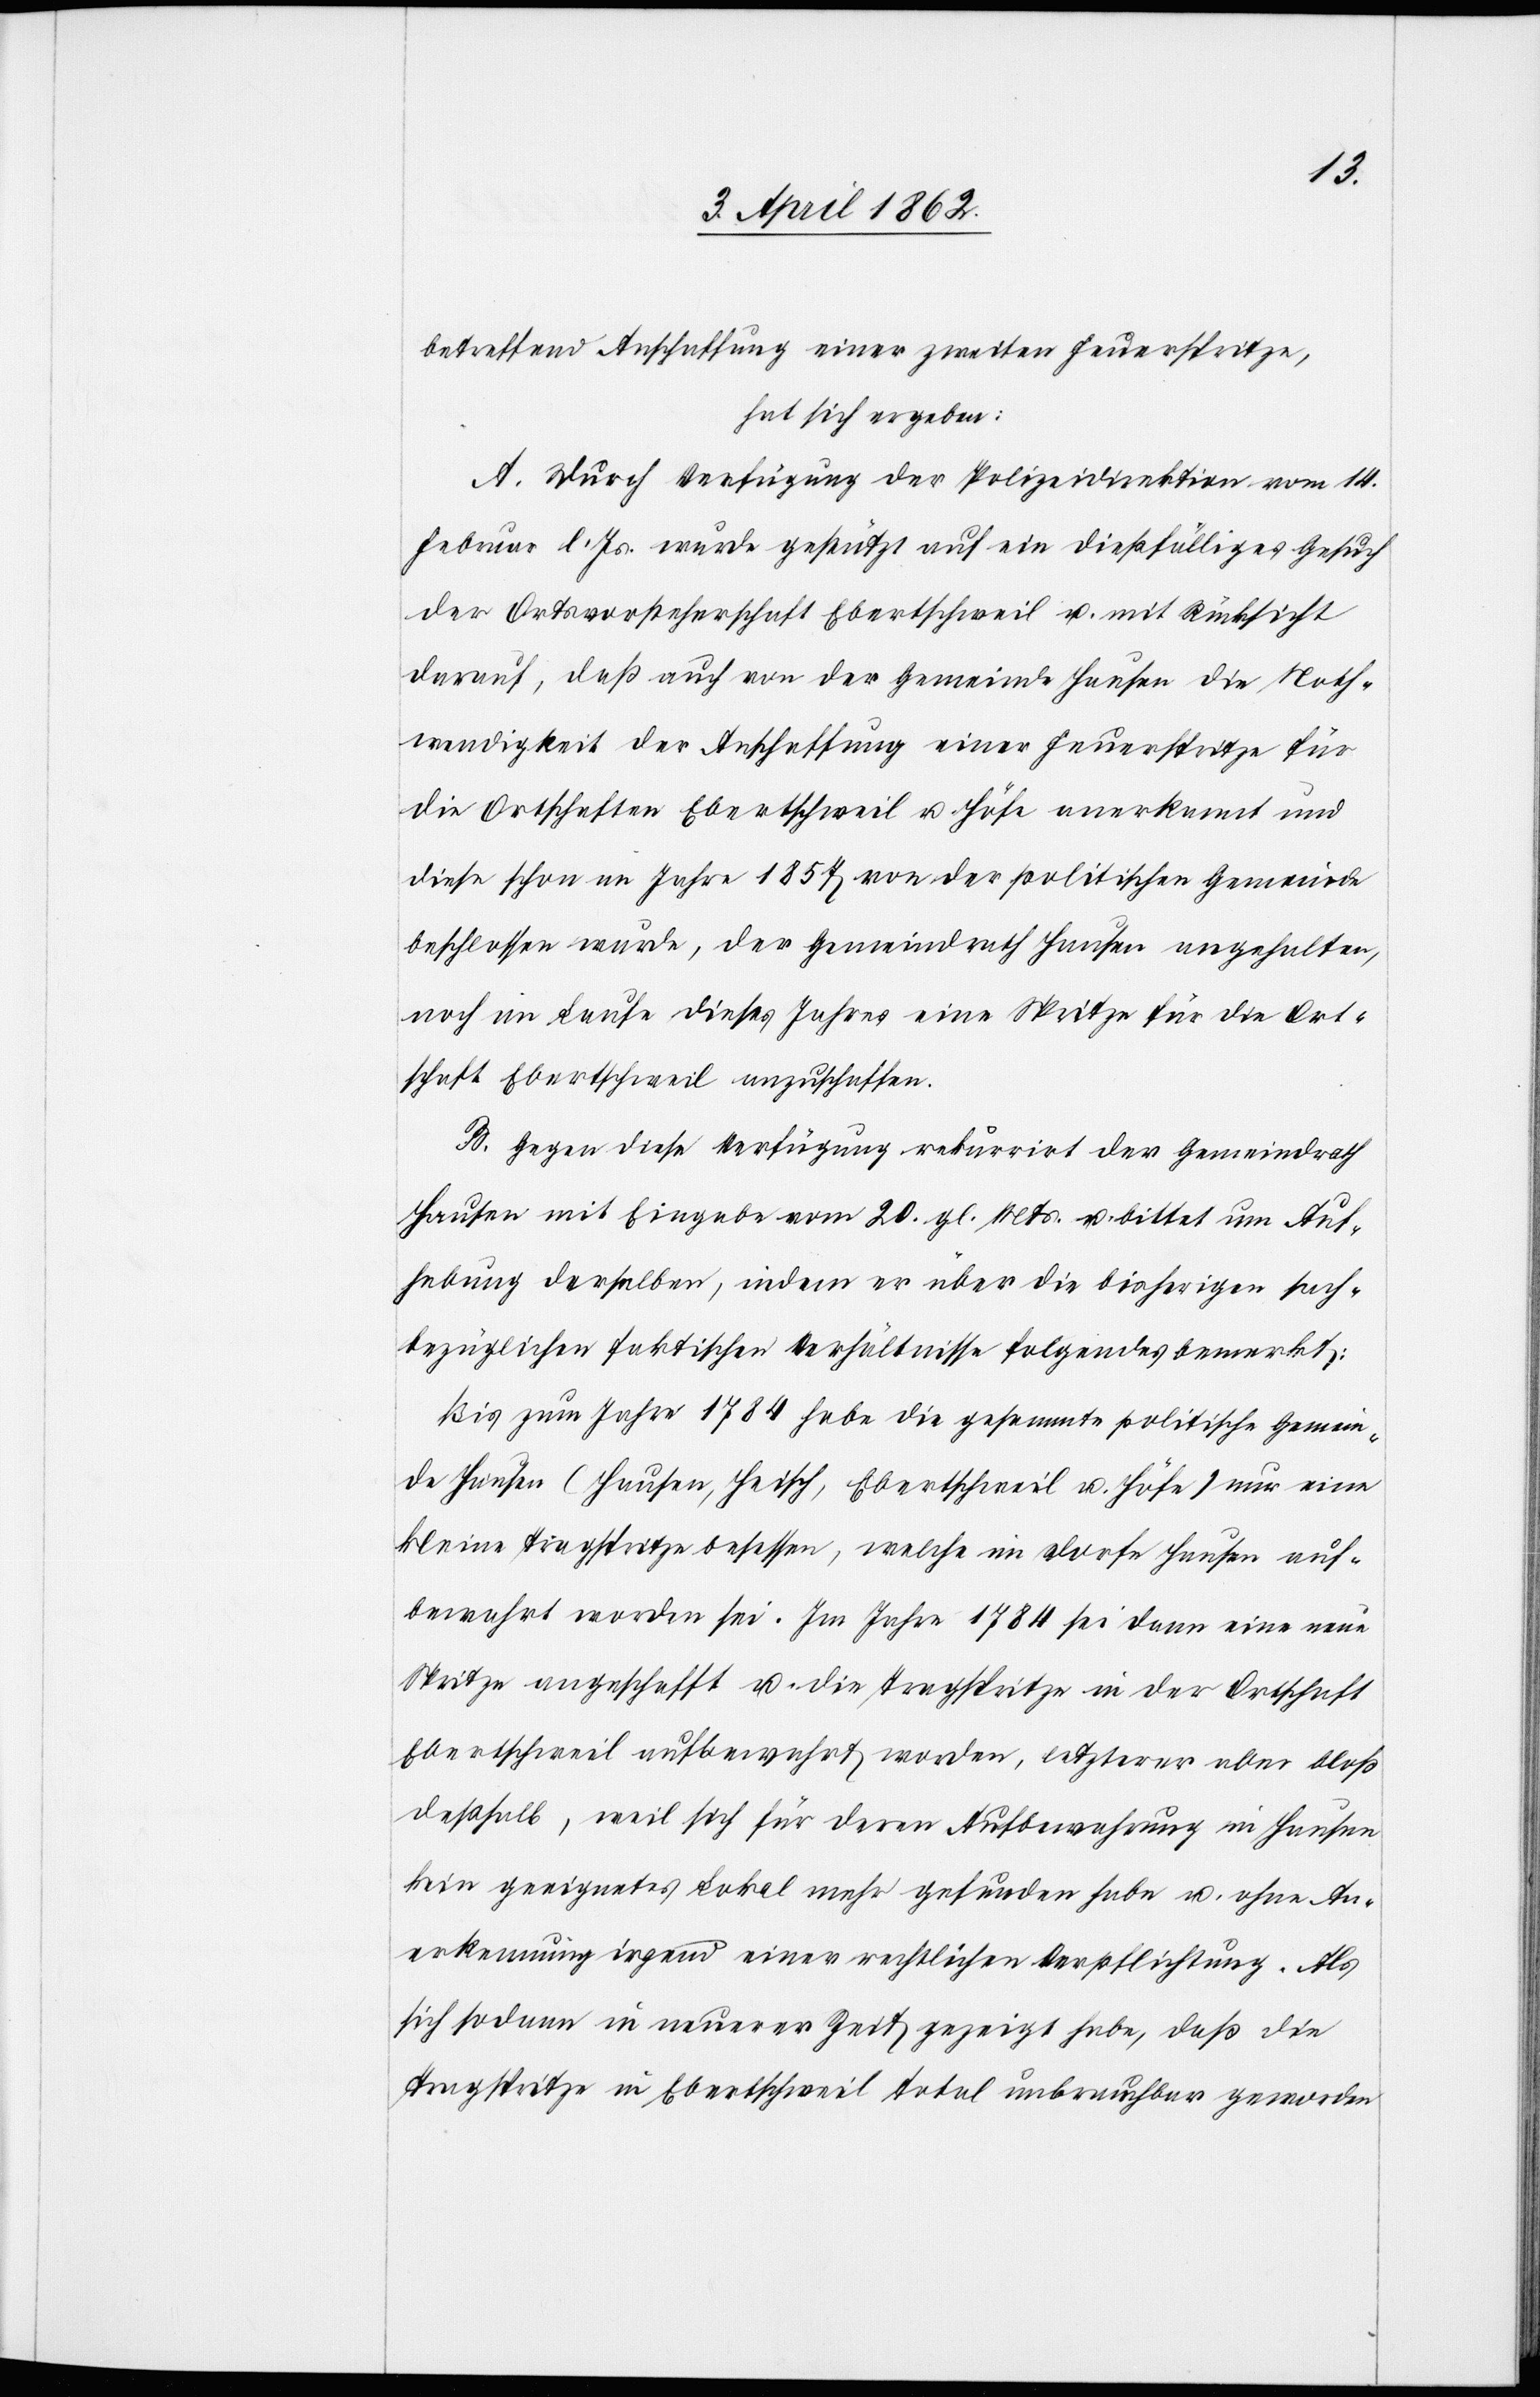
betreffend Anschaffung einer zweiten Feuerspritze,
hat sich ergeben:
A. Durch Verfügung der Polizeidirektion vom 14.
Februar l. Js. wurde gestützt auf ein dießfälliges Gesuch
der Ortsvorsteherschaft Ebertschweil u. mit Rücksicht
darauf, daß auch von der Gemeinde Hausen die Noth¬
wendigkeit der Anschaffung einer Feuerspritze für
die Ortschaften Ebertschweil u. Höfe anerkannt und
diese schon im Jahre 1854 von der politischen Gemeinde
beschlossen wurde, der Gemeindrath Hausen angehalten,
noch im Laufe dieses Jahres eine Spritze für die Ort¬
schaft Ebertschweil anzuschaffen.
B. Gegen diese Verfügung rekurrirt der Gemeindrath
Hausen mit Eingabe vom 20. gl. Mts. u. bittet um Auf¬
hebung derselben, indem er über die bisherigen sach¬
bezüglichen faktischen Verhältnisse folgendes bemerkt:
Bis zum Jahre 1784 habe die gesammte politische Gemein¬
de Hausen (Hausen, Heisch, Ebertschweil u. Höfe) nur eine
kleine Tragspritze besessen, welche im Dorfe Hausen auf¬
bewahrt worden sei. Im Jahre 1784 sei dann eine neue
Spritze angeschafft u. die Tragspritze in der Ortschaft
Ebertschweil aufbewahrt worden, letzterer aber bloß
deßhalb, weil sich für deren Aufbewahrung in Hausen
kein geeignetes Lokal mehr gefunden habe u. ohne An¬
erkennung irgend einer rechtlichen Verpflichtung. Als
sich sodann in neuerer Zeit gezeigt habe, daß die
Tragspritze in Ebertschweil total unbrauchbar geworden